Madras plague regulations and rules - Volume 2
Disease focus: Plague
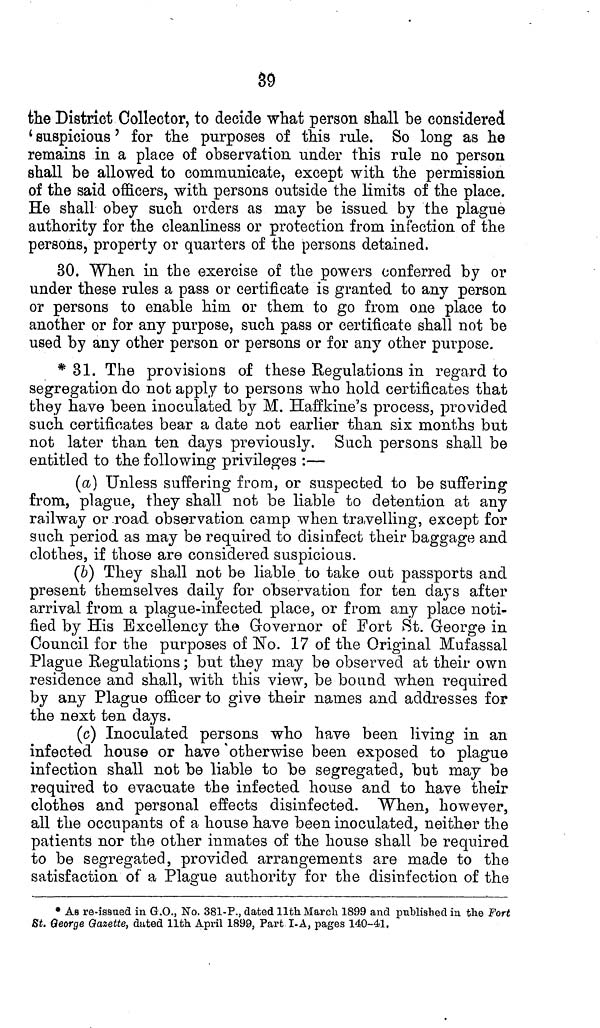
39
the District Collector, to decide what person shall be considered
'suspicious' for the purposes of this rule. So long as he
remains in a place of observation under this rule no person
shall be allowed to communicate, except with the permission
of the said officers, with persons outside the limits of the place.
He shall obey such orders as may be issued by the plague
authority for the cleanliness or protection from infection of the
persons, property or quarters of the persons detained,
30. When in the exercise of the powers conferred by or
under these rules a pass or certificate is granted to any person
or persons to enable him or them to go from one place to
another or for any purpose, such pass or certificate shall not be
used by any other person or persons or for any other purpose.
* 31. The provisions of these Regulations in regard to
segregation do not apply to persons who hold certificates that
they have been inoculated by M. Haffkine's process, provided
such certificates bear a date not earlier than six months but
not later than ten days previously. Such persons shall be
entitled to the following privileges :—
(a) Unless suffering from, or suspected to be suffering
from, plague, they shall not be liable to detention at any
railway or road observation camp when travelling, except for
such period as may be required to disinfect their baggage and
clothes, if those are considered suspicious.
(b) They shall not be liable to take out passports and
present themselves daily for observation for ten days after
arrival from a plague-infected place, or from any place noti-
fied by His Excellency the Governor of Fort St. George in
Council for the purposes of No. 17 of the Original Mufassal
Plague Regulations; but they may be observed at their own
residence and shall, with this view, be bound when required
by any Plague officer to give their names and addresses for
the next ten days.
(c) Inoculated persons who have been living in an
infected house or have otherwise been exposed to plague
infection shall not be liable to be segregated, but may be
required to evacuate the infected house and to have their
clothes and personal effects disinfected. When, however,
all the occupants of a house have been inoculated, neither the
patients nor the other inmates of the house shall be required
to be segregated, provided arrangements are made to the
satisfaction of a Plague authority for the disinfection of the
* As re-issued in G.O., No. 381-P., dated 11th. March. 1899 and published in the Fort
St. George Gazette, dated 11th April 1899, Part I-A, pages 140-41,